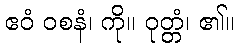
ဧဝံ ဝစနံ၊ ကို။ ဝုတ္တံ၊ ၏။